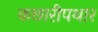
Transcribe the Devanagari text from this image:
कछारीपथार